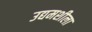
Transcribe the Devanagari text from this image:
उद्यमशीला